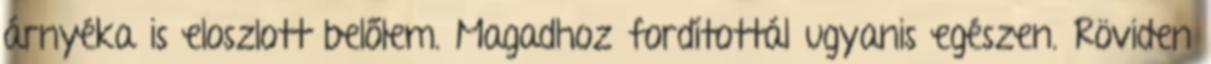
árnyéka is eloszlott belőlem. Magadhoz fordítottál ugyanis egészen. Röviden